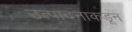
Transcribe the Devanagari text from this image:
उत्पादनाकडून